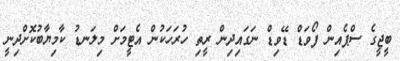
ބީޖީގެ ސްޕެއިން ފޯވަޑް ޑޭވިޑް ނަގައިދިން ރީތި ހުރަހަކުން އެޓީމަށް މިލަނޑު ކާމިޔާބުކޮށްދިނީ